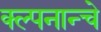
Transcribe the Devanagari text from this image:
क्ल्पनान्चे